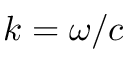
k = \omega / c